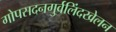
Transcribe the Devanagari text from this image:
गोपसदनगुर्वलिंदखेलन